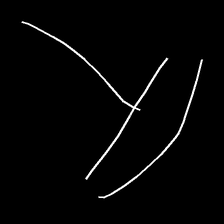
Glyph: dispersion